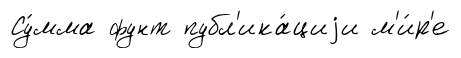
Су́мма фунт публ'ика́циjи м'и́р'е